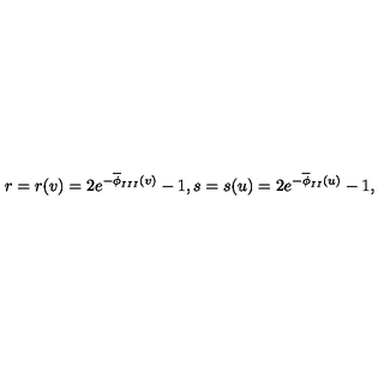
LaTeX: r = r ( v ) = 2 e ^ { - \overline { { \phi } } _ { I I I } ( v ) } - 1 , s = s ( u ) = 2 e ^ { - \overline { { \phi } } _ { I I } ( u ) } - 1 ,